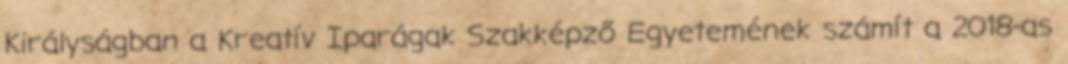
Királyságban a Kreatív Iparágak Szakképző Egyetemének számít a 2018-as